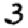
Digit: 3